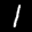
Label: 1